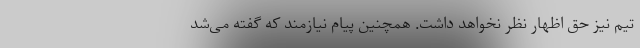
تیم نیز حق اظهار نظر نخواهد داشت. همچنین پیام نیازمند که گفته می‌شد